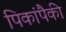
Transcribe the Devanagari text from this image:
पिकांपैकी